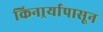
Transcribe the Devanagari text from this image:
किनार्र्यापासून